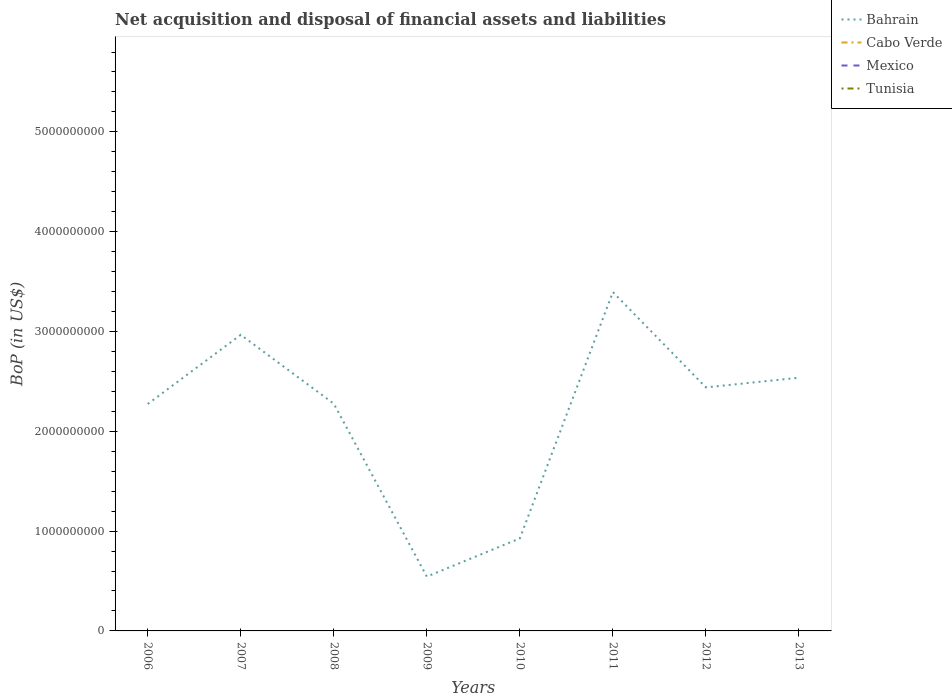
| Years | Bahrain | Cabo Verde | Mexico | Tunisia |
 | --- | --- | --- | --- | --- |
 | 2006 | 2.27e+09 | -7.45e+07 | -8.21e+09 | -5.12e+08 |
 | 2007 | 2.97e+09 | -1.71e+08 | -1.12e+10 | -7.88e+08 |
 | 2008 | 2.28e+09 | -2.86e+08 | -2.54e+10 | -1.52e+09 |
 | 2009 | 5.44e+08 | -2.37e+08 | -1.2e+10 | -1e+09 |
 | 2010 | 9.27e+08 | -2.68e+08 | -2.77e+10 | -1.9e+09 |
 | 2011 | 3.39e+09 | -3.23e+08 | -2.39e+10 | -3.1e+09 |
 | 2012 | 2.44e+09 | -2.14e+08 | -3.38e+10 | -3.18e+09 |
 | 2013 | 2.54e+09 | -1.26e+08 | -4.78e+10 | -3.64e+09 |